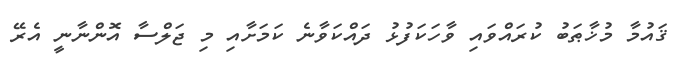
ޤައުމާ މުޚާޠަބު ކުރައްވައި ވާހަކަފުޅު ދައްކަވާނެ ކަމަށާއި މި ޖަލްސާ އޮންނާނީ އެރޭ